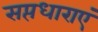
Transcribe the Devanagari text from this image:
सप्तधाराएं